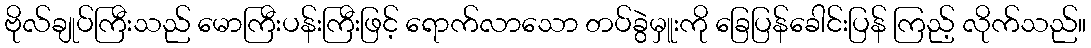
ဗိုလ်ချုပ်ကြီးသည် မောကြီးပန်းကြီးဖြင့် ရောက်လာသော တပ်ခွဲမှူးကို ခြေပြန်ခေါင်းပြန် ကြည့် လိုက်သည်။